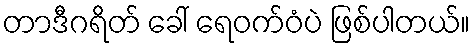
တာဒီဂရိတ် ခေါ် ရေဝက်ဝံပဲ ဖြစ်ပါတယ်။